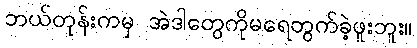
ဘယ်တုန်းကမှ အဲဒါတွေကိုမရေတွက်ခဲ့ဖူးဘူး။